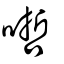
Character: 𠹗